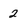
Character: 2